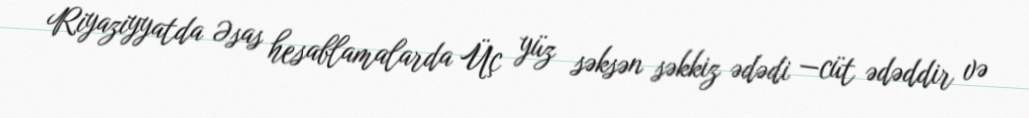
Riyaziyyatda Əsas hesablamalarda Üç yüz səksən səkkiz ədədi —cüt ədəddir və